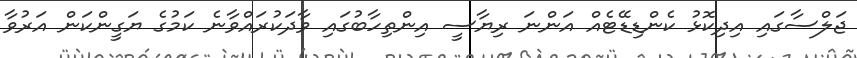
ޖަލްސާގައި އިދިކޮޅު ކެންޑިޑޭޓެއް އަންނަ ރިޔާސީ އިންތިހާބުގައި ވާދަކުރައްވާނެ ކަމުގެ ޔަގީންކަން އަރުވާ